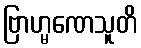
ဗြာဟ္မဏေသူတိ